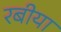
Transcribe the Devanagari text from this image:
रबीया